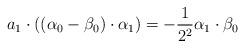
LaTeX: \begin{align*}a_1 \cdot ((\alpha_0 - \beta_0) \cdot \alpha_1) = -\frac{1}{2^2} \alpha_1 \cdot \beta_0\end{align*}